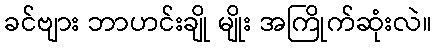
ခင်ဗျား ဘာဟင်းချို မျိုး အကြိုက်ဆုံးလဲ။